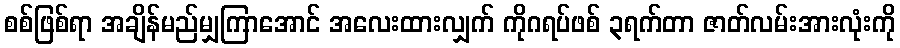
စစ်ဖြစ်ရာ အချိန်မည်မျှကြာအောင် အလေးထားလျှက် ကိုဂရပ်ဖစ် ၃ရက်တာ ဇာတ်လမ်းအားလုံးကို